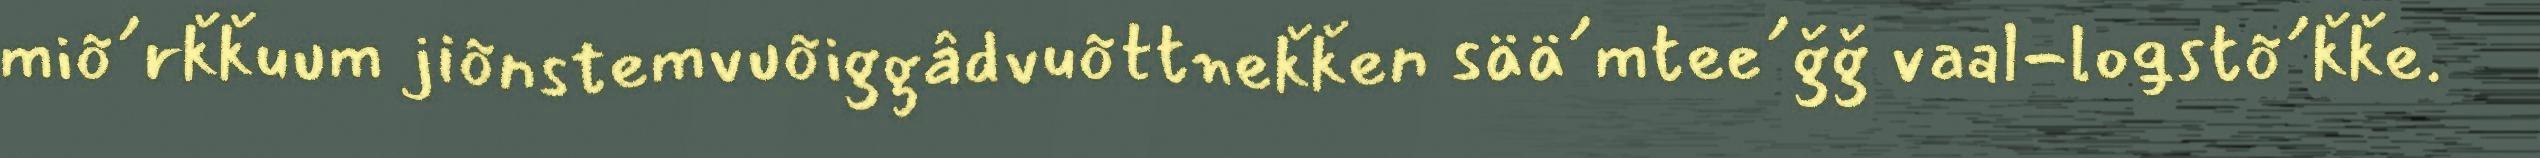
miõ´rǩǩuum jiõnstemvuõiggâdvuõttneǩǩen sää´mtee´ǧǧ vaal-loǥstõ´ǩǩe.